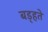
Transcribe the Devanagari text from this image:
बड़्हते